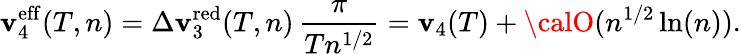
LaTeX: \mathbf{v}_{4}^{\mathrm{{eff}}}(T,n)=\Delta\mathbf{v}_{3}^{\mathrm{{red}}}(T,n)\, \frac{{\pi}}{{Tn^{1/2}}}=\mathbf{v}_{4}(T)+{\calO}(n^{1/2}\ln(n)).